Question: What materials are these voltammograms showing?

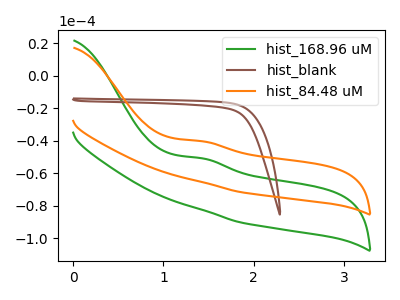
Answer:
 <answer>The green curve is labeled "hist_168.96 uM". The brown curve is labeled "hist_blank". The orange curve is labeled "hist_84.48 uM".</answer>
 <eval></eval>